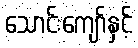
သောင်းကျော်နှင့်